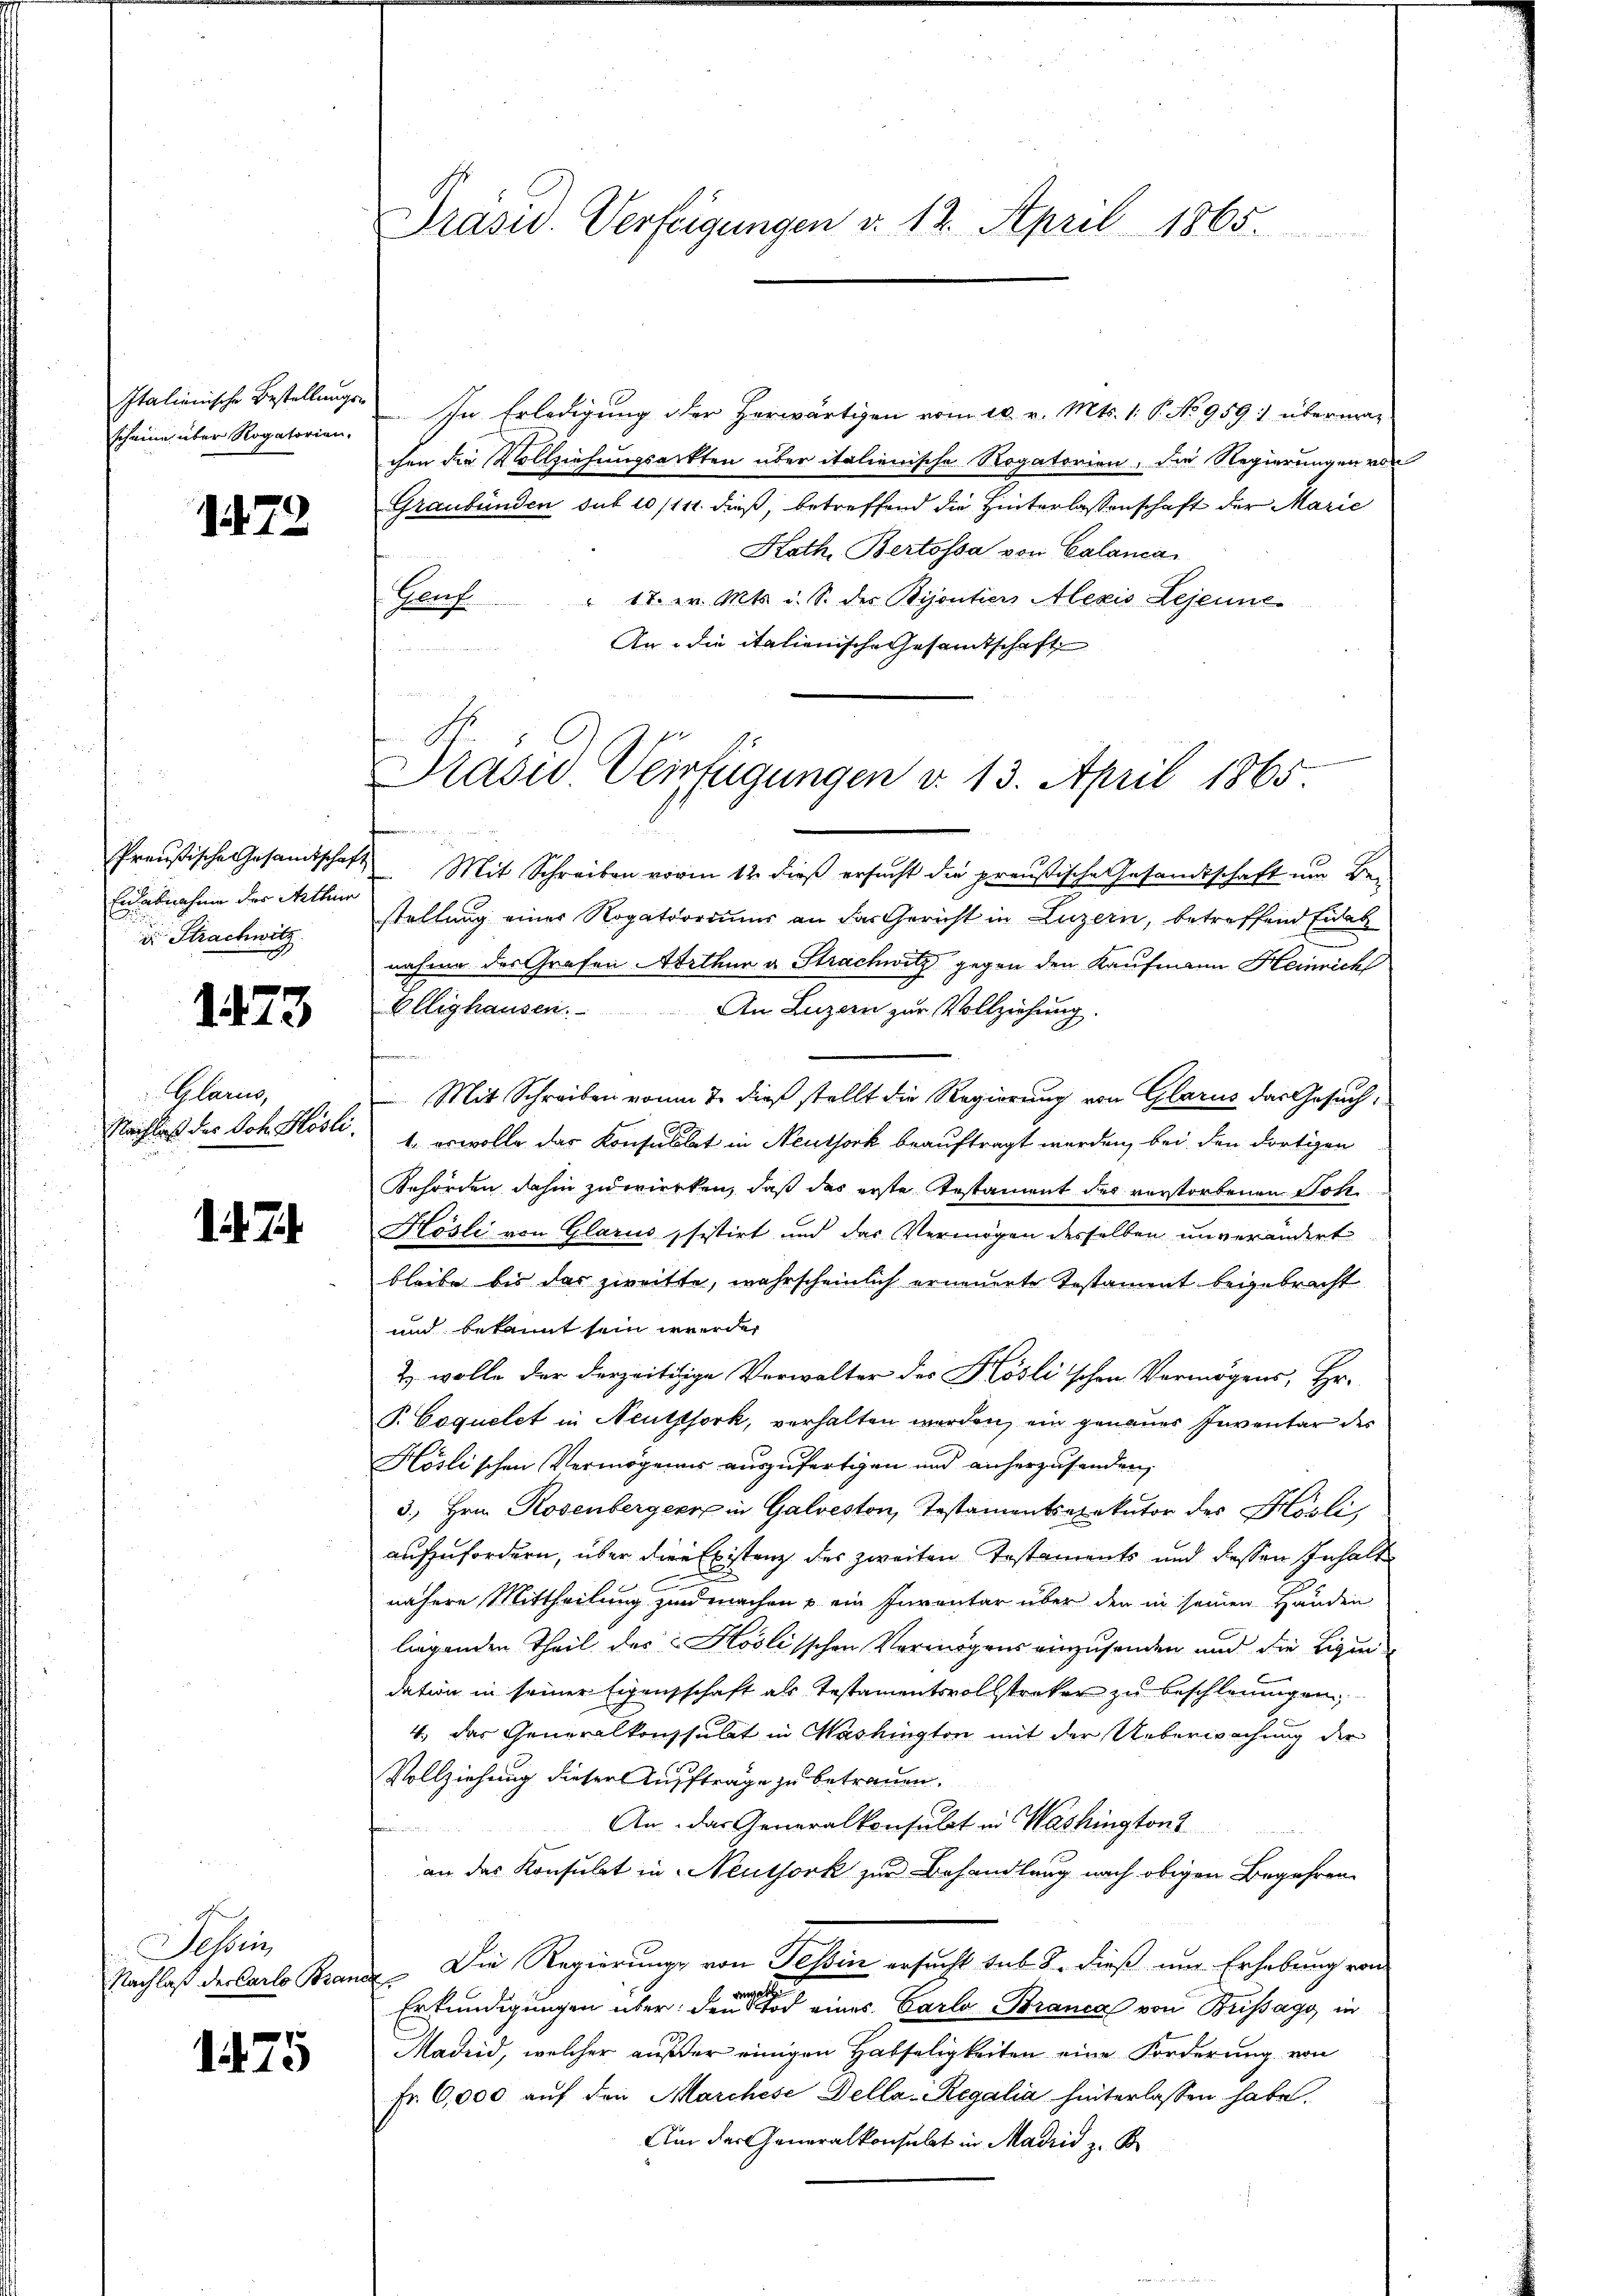
Italienische Bestellungsscheine über Rogatorien.

1479

Preußische Gesandtschaft
Eiabnahme der Arthur
u Strachwitz

1473

Glarus,
Nachlaß der Joh. Hösli.

d. d. J.

Sessen
Nachlaß der Carlo Bran

1475

Präsid. Verfügungen v. 12. April 1865.

Prasid Verfügungen v. 13. April 1865

In Erledigung der Herwärtigen vom 10. v. Mts. 1. P. No 959: übermag
chen die Vollziehungsarkten über italienische Rogatorien, die Regierungen von
Graubünden sub 10/111. dieß, betreffend die Hinterlassenschaft der Marie
Kath. Bertossa von Calanca
Genf 17 er. Mts. i. S. der Bijontiers Alexis Lejeune
An die italienische Gesamtschaft

 Mit Schreiben vorm 12. dieß ersucht die preußische Gesandtschaft um Bestellung einer Rogatoriums an das Gericht in Luzern, betreffend Eides
nahme des Grafen Arthur u. Strachwitz gegen den Kaufmann Heinrich
öllighausen.
An Luzern zur Vollziehung
Mit Schreiben von T. dieß stellt die Regierung von Glarus das Gesuch,
1. erwolle das Konsultat in Neuthork beauftragt werden, bei den dortigen
Behörden dahin zuwirken, daß das erste Testament des verstorbenen Satz
Kösli von Glarus sistirt und das Vermögen desselben unverändert
bleibe bis das zweitte, wahrscheinlich erneuerte Testament beigebracht
und bekannt sein werden
& wolle der derzeitige Verwalter des Köslischen Vermögens, Hr.
P. Coquetet in Neuthsork, verhalten werden, ein genaues Inventar des
Höslischen Vermögens auszufertigen und anherzusenden,
3., Hrn. Rosenbergerre in Galveston, Testamentsexekutor der Hösli
aufzufordern, über die Existenz des zweiten Testaments und dessen Inhalt
C
nähere Mittheilung zu machen u ein Inventar über den in seinen Handen
lagenden Theil des - Hoslisschen Vermögens einzusenden und die Eigen
dation in seiner Eigenschaft als Testamentsvollstreker zu beschleunigen,
4. der Generalkonsulat in Washington mit der Ueberwachung der
Vollziehung dieser Auftrage zu betrauen.
An das Generalkonsulat in Washingtons
t
an der Konsulat in Neuthork zur Behandlung nach obigen Begehren
Die Regierungs von Tessin ersucht sub. S. dieß um Erhebung von
Erkundigungen über den eine eines Carlo Branca von Bussago in
Madrid, welcher auf der einigen Habseligkeiten eine Forderung von
Fr. 6,000 auf den Marchese Della-Regalia hinterlassen habe.
Am der Generalkonsulat in Madrid z. B